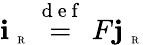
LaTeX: \textbf{i}_{\mathrm{~\tiny~R~}}\overset{\mathrm{~d~e~f~}}{=}F{\mathbf j}_{\mathrm{~\tiny~R~}}